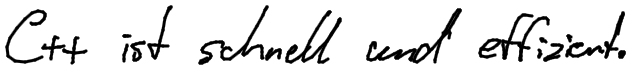
C++ ist schnell und effizient.